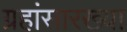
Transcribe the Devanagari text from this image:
ग्रहांसारख्या